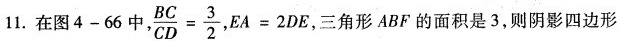
11. 在图 4 - 66 中 。 $$, \frac { B C } { C D } = \frac { 3 } { 2 }$$ $$E A = 2 D E$$，三角形 ABF 的面积是 3，则阴影四边形